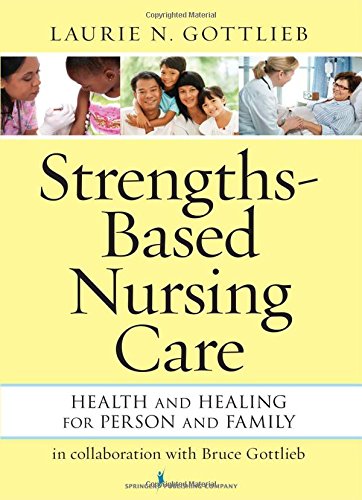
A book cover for Strengths-Based Nursing Care: Health And Healing For Person And Family; Laurie N. Gottlieb PhD  RN; Medical Books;